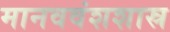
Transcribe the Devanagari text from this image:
मानववंशशास्र